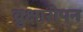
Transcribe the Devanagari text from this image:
व्रुक्षारोपन